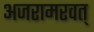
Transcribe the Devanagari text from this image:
अजरामरवत्